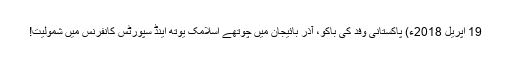
19 اپریل 2018ء) پاکستانی وفد کی باکو، آذر بائیجان میں چوتھے اسلامک یوتھ اینڈ سپورٹس کانفرنس میں شمولیت!